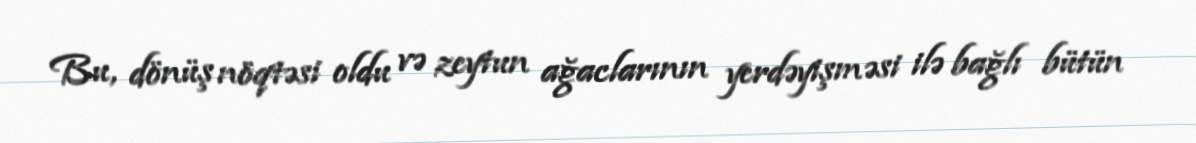
Bu, dönüş nöqtəsi oldu və zeytun ağaclarının yerdəyişməsi ilə bağlı bütün